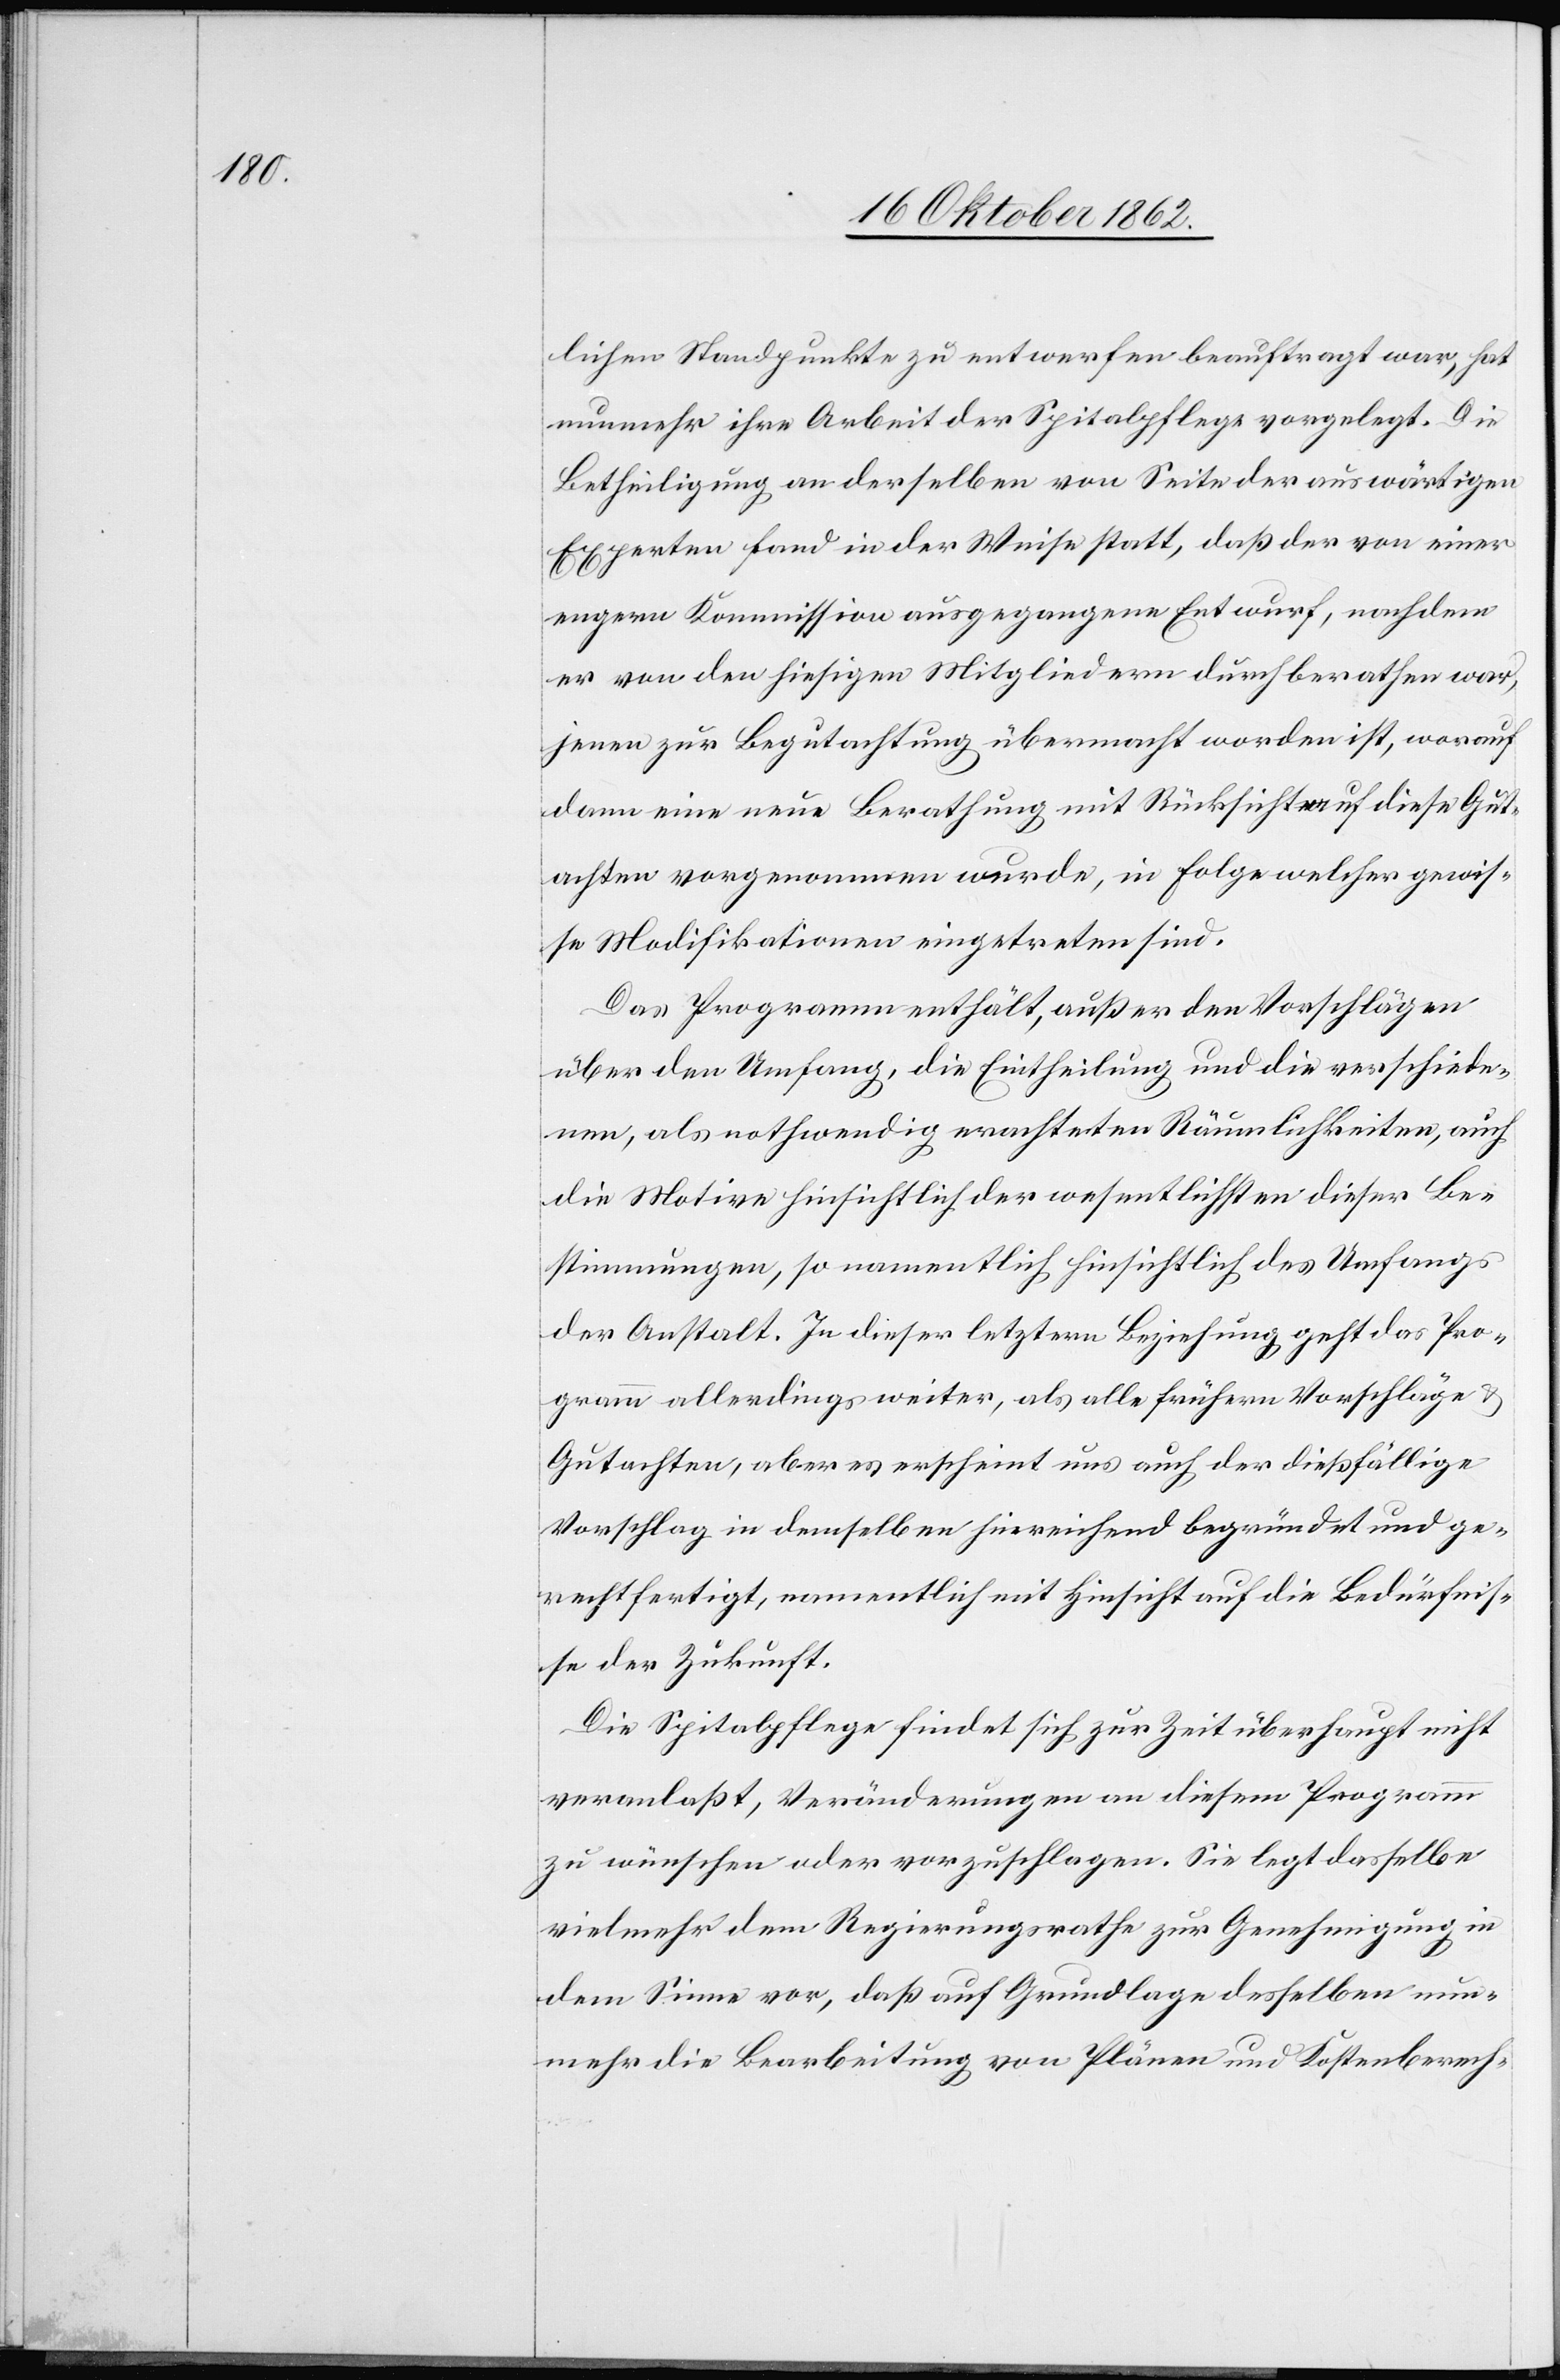
lichen Standpunkte zu entwerfen beauftragt war, hat
nunmehr ihre Arbeit der Spitalpflege vorgelegt. Die
Betheiligung an derselben von Seite der auswärtigen
Experten fand in der Weise statt, daß der von einer
engern Kommission ausgegangene Entwurf, nachdem
jenen von den hiesigen Mitgliedern durchberathen war,
jenen zur Begutachtung übermacht worden ist, worauf
dann eine neue Berathung mit Rücksicht auf diese Gut¬
achten vorgenommen wurde, in Folge welcher gewis¬
se Modifikationen eingetreten sind.
Das Programm enthält, außer den Vorschlägen
über den Umfang, die Eintheilung und die verschiede¬
ne, als nothwendig erachteten Räumlichkeiten, auch
die Motive hinsichtlich der wesentlichsten dieser Be¬
stimmungen, so namentlich hinsichtlich des Umfangs
der Anstalt. In dieser letztern Beziehung geht das Pro¬
gramm allerdings weiter, als alle frühern Vorschläge u.
Gutachten, aber es erscheint uns auch der dießfällige
Vorschlag in demselben hinreichend begründet und ge¬
rechtfertigt, namentlich mit Hinsicht auf die Bedürfnis¬
se der Zukunft.
Die Spitalpflege findet sich zur Zeit überhaupt nicht
veranlaßt, Veränderungen an diesem Programm
zu wünschen oder vorzuschlagen. Sie legt dasselbe
vielmehr dem Regierungsrathe zur Genehmigung in
dem Sinne vor, daß auf Grundlage desselben nun¬
mehr die Bearbeitung von Plänen und Kostenberech-